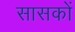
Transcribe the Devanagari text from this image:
सासकों